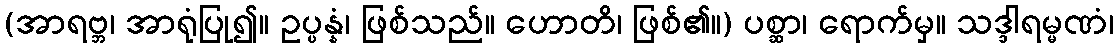
(အာရဗ္ဘ၊ အာရုံပြု၍။ ဥပ္ပန္နံ၊ ဖြစ်သည်။ ဟောတိ၊ ဖြစ်၏။) ပစ္ဆာ၊ ရောက်မှ။ သဒ္ဒါရမ္မဏံ၊